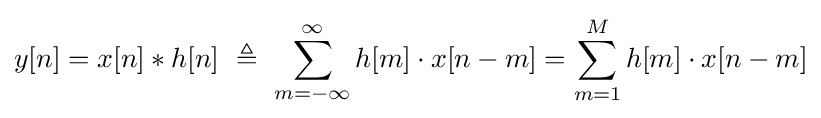
y[n]=x[n]*h[n]\ \triangleq \ \sum _{m=-\infty }^{\infty }h[m]\cdot x[n-m]=\sum _{m=1}^{M}h[m]\cdot x[n-m]